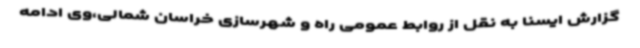
گزارش ایسنا به نقل از روابط عمومی راه و شهرسازی خراسان شمالی،وی ادامه